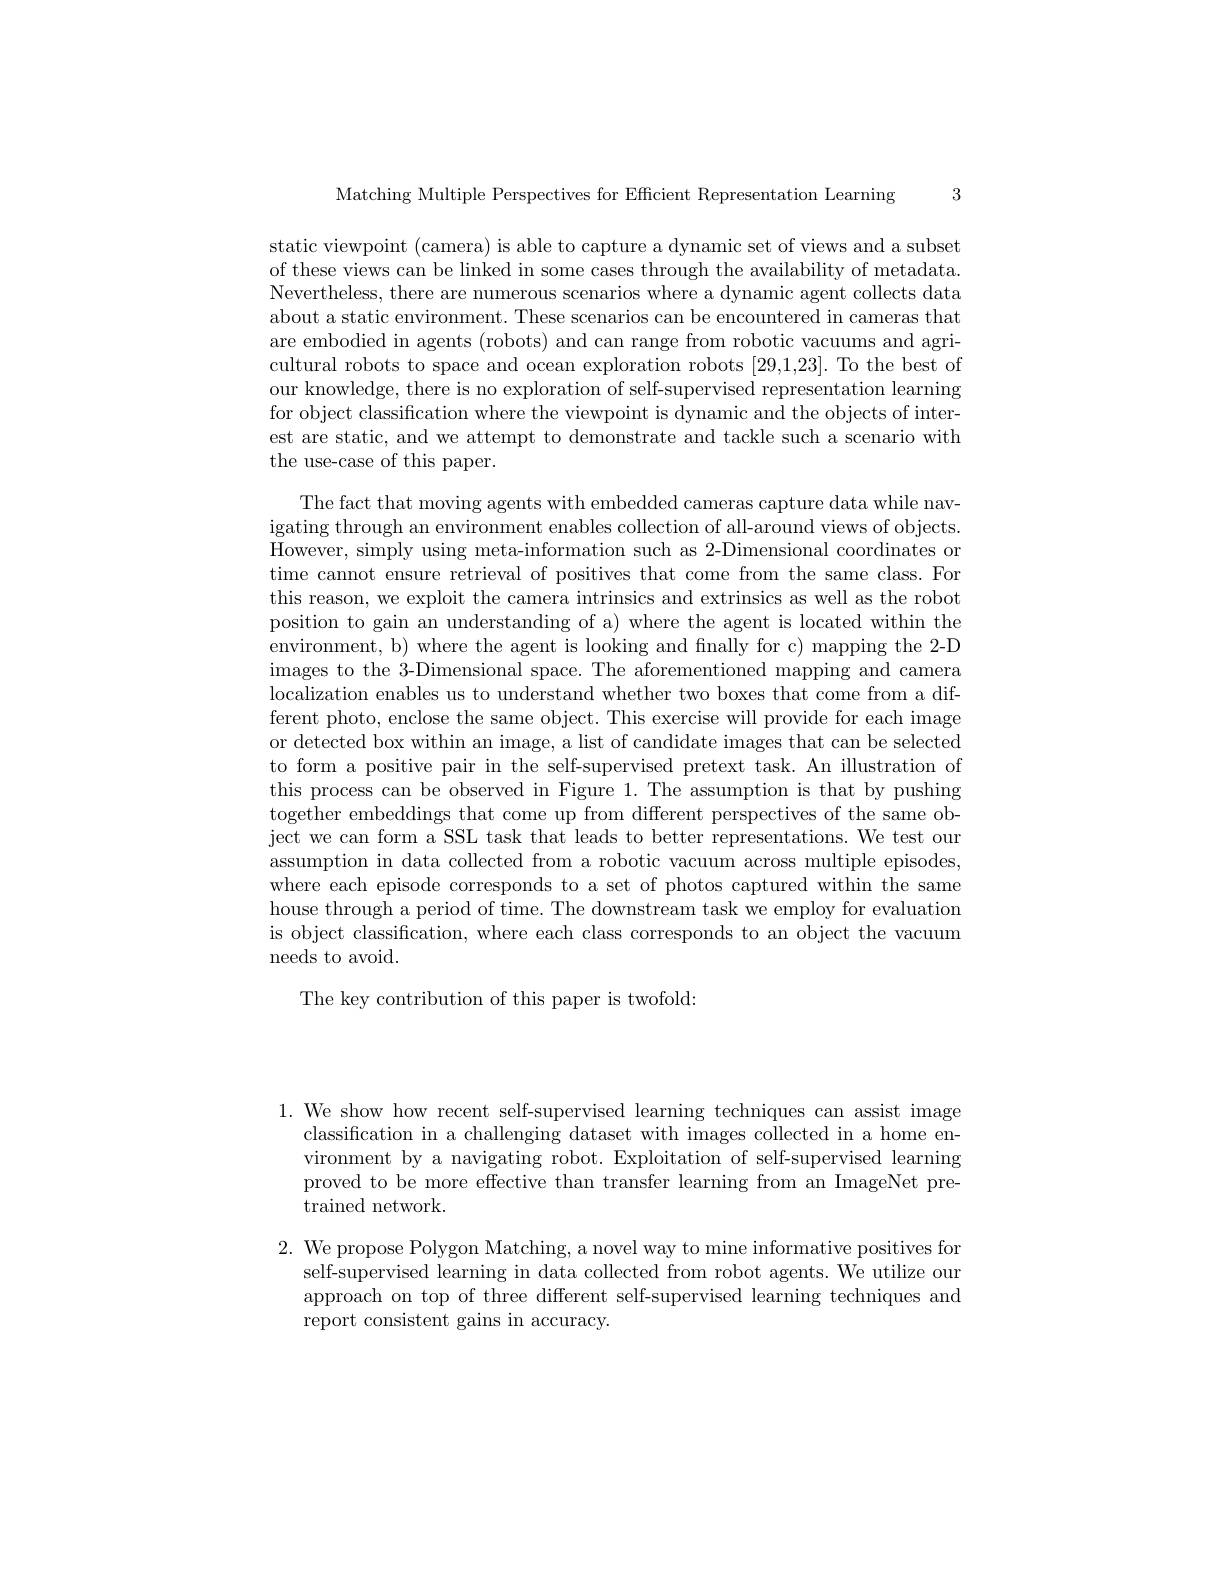
3

Matching Multiple Perspectives for Efficient Representation Learning

static viewpoint (camera) is able to capture a dynamic set of views and a subset of these views can be linked in some cases through the availability of metadata. Nevertheless, there are numerous scenarios where a dynamic agent collects data about a static environment. These scenarios can be encountered in cameras that are embodied in agents (robots) and can range from robotic vacuums and agricultural robots to space and ocean exploration robots [29,1,23]. To the best of our knowledge, there is no exploration of self-supervised representation learning for object classification where the viewpoint is dynamic and the objects of interest are static, and we attempt to demonstrate and tackle such a scenario with the use-case of this paper.

The fact that moving agents with embedded cameras capture data while navigating through an environment enables collection of all-around views of objects. However, simply using meta-information such as 2-Dimensional coordinates or time cannot ensure retrieval of positives that come from the same class. For this reason, we exploit the camera intrinsics and extrinsics as well as the robot position to gain an understanding of a) where the agent is located within the environment, b) where the agent is looking and fnally for c) mapping the 2-D images to the 3-Dimensional space. The aforementioned mapping and camera localization enables us to understand whether two boxes that come from a different photo, enclose the same object. This exercise will provide for each image or detected box within an image, a list of candidate images that can be selected to form a positive pair in the self-supervised pretext task. An illustration of this process can be observed in Figure 1.The assumption is that by pushing together embeddings that come up from different perspectives of the same object we can form a SSL task that leads to better representations. We test our assumption in data collected from a robotic vacuum across multiple episodes, where each episode corresponds to a set of photos captured within the same house through a period of time. The downstream task we employ for evaluation is object classification, where each class corresponds to an object the vacuum needs to avoid.

The key contribution of this paper is twofold:

1. We show how recent self-supervised learning techniques can assist image
classification in a challenging dataset with images collected in a home environment by a navigating robot. Exploitation of self-supervised learning proved to be more effective than transfer learning from an ImageNet pretrained network.

2. We propose Polygon Matching, a novel way to mine informative positives for
self-supervised learning in data collected from robot agents. We utilize our approach on top of three different self-supervised learning techniques and report consistent gains in accuracy.